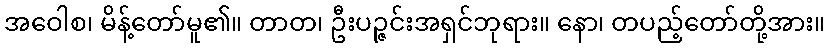
အဝေါစ၊ မိန့်တော်မူ၏။ တာတ၊ ဦးပဉ္ဇင်းအရှင်ဘုရား။ နော၊ တပည့်တော်တို့အား။